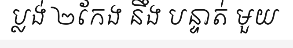
ប្លង់ ២កែង នឹង បន្ទាត់ មួយ